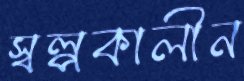
স্বল্পকালীন